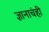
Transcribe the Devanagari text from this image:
ज्ञानाचंही